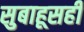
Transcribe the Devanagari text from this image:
सुबाहूसही